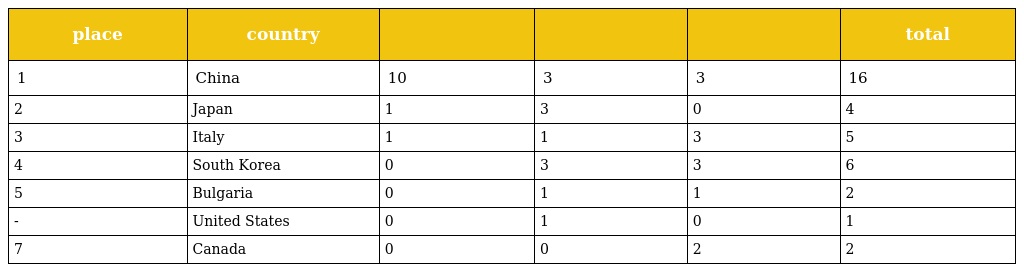
| place | country |  |  |  | total |
 | --- | --- | --- | --- | --- | --- |
 | 1 | China | 10 | 3 | 3 | 16 |
 | 2 | Japan | 1 | 3 | 0 | 4 |
 | 3 | Italy | 1 | 1 | 3 | 5 |
 | 4 | South Korea | 0 | 3 | 3 | 6 |
 | 5 | Bulgaria | 0 | 1 | 1 | 2 |
 | - | United States | 0 | 1 | 0 | 1 |
 | 7 | Canada | 0 | 0 | 2 | 2 |